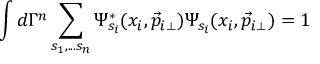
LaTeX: \int d \Gamma ^ { n } \sum _ { s _ { 1 } , . . . s _ { n } } \Psi _ { s _ { i } } ^ { \ast } ( x _ { i } , \vec { p } _ { i \perp } ) \Psi _ { s _ { i } } ( x _ { i } , \vec { p } _ { i \perp } ) = 1